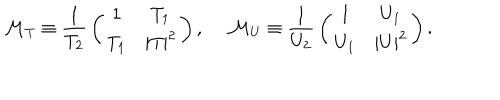
{ \cal M } _ { T } \equiv { \frac { 1 } { T _ { 2 } } } \left( \begin{matrix} { { 1 } } & { { T _ { 1 } } } \\ { { T _ { 1 } } } & { { | T | ^ { 2 } } } \\ \end{matrix} \right) , \ { \cal M } _ { U } \equiv { \frac { 1 } { U _ { 2 } } } \left( \begin{matrix} { { 1 } } & { { U _ { 1 } } } \\ { { U _ { 1 } } } & { { | U | ^ { 2 } } } \\ \end{matrix} \right) .